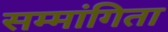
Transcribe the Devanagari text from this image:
सम्मांगिता